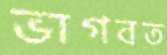
ভাগবত